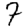
Digit: 7